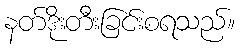
နတ်ဒိုးတီးခြင်းစရသည်။